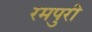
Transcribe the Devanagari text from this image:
रमपुरी